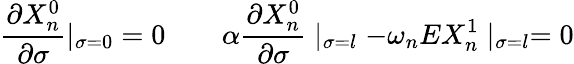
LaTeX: \frac{\partial X_{n}^{0}}{\partial\sigma}|_{\sigma=0}=0\quad\quad\alpha\frac{\partial X_{n}^{0}}{\partial\sigma}\mid_{\sigma=l}-\omega_{n}EX_{n}^{1}\mid_{\sigma=l}=0